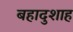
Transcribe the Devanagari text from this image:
बहादुशाह